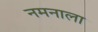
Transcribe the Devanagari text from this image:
नमनाला